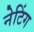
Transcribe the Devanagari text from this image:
नेटिंग